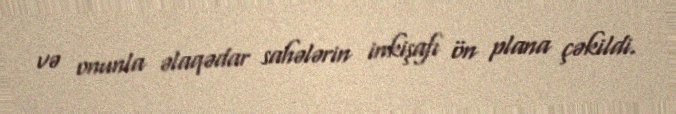
və onunla əlaqədar sahələrin inkişafı ön plana çəkildi.